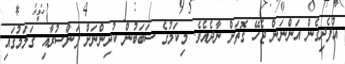
އުފެދިގެން އަންނަން ޖެހޭ ގޮތަށް ނާދެއެވެ. މިކަމުގެ ސަބަބުން ކުދިންނަށް ފަންސުރާއި ގަލަމުގައި